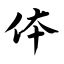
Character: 体